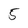
Character: 5